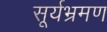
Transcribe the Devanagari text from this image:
सूर्यभ्रमण